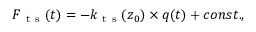
F _ { \mathrm { ~ t ~ s ~ } } ( t ) = - k _ { \mathrm { ~ t ~ s ~ } } ( z _ { 0 } ) \times q ( t ) + c o n s t . ,